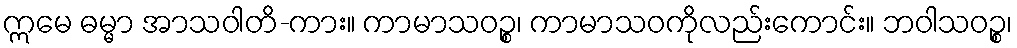
ဣမေ ဓမ္မာ အာသဝါတိ-ကား။ ကာမာသဝဉ္စ၊ ကာမာသဝကိုလည်းကောင်း။ ဘဝါသဝဉ္စ၊